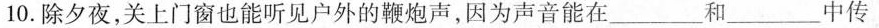
10.除夕夜，关上门窗也能听见户外的鞭炮声，因为声音能在___和___中传